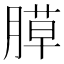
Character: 𦞻